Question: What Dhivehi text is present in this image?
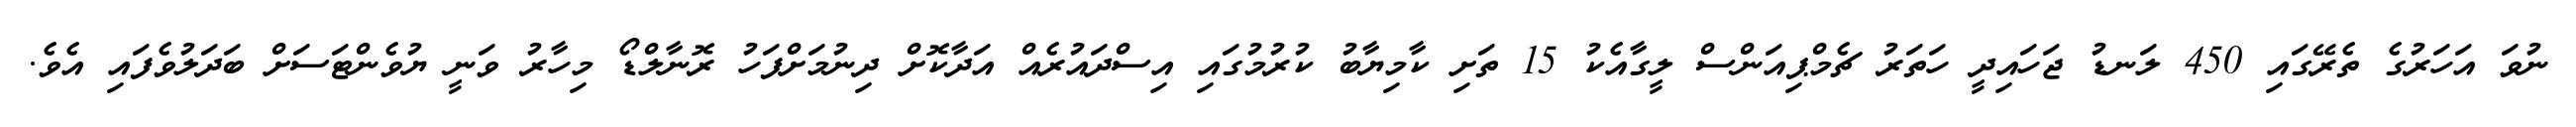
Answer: ނުވަ އަހަރުގެ ތެރޭގައި 450 ލަނޑު ޖަހައިދީ ހަތަރު ޗެމްޕިއަންސް ލީގާއެކު 15 ތަށި ކާމިޔާބު ކުރުމުގައި އިސްދައުރެއް އަދާކޮށް ދިނުމަށްފަހު ރޮނާލްޑޯ މިހާރު ވަނީ ޔުވެންޓަސަށް ބަދަލުވެފައި އެވެ.